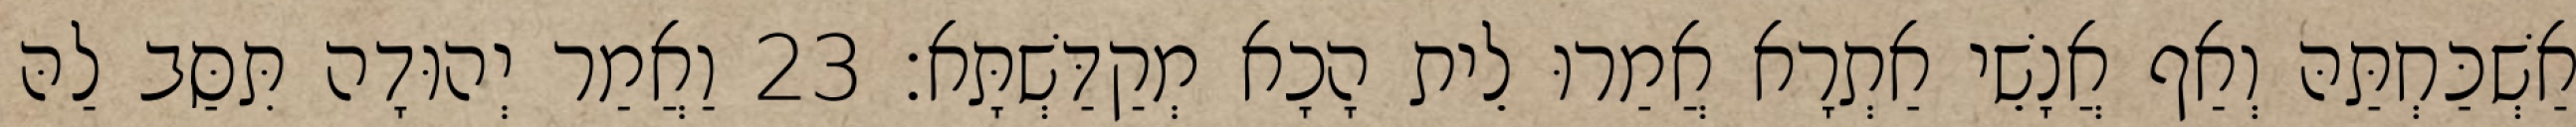
אַשְׁכַּחְתַּהּ וְאַף אֲנָשֵׁי אַתְרָא אֲמַרוּ לֵית הָכָא מְקַדַּשְׁתָּא׃ 23 וַאֲמַר יְהוּדָה תִּסַּב לַהּ